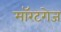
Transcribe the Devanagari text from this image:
मॉरटगेज